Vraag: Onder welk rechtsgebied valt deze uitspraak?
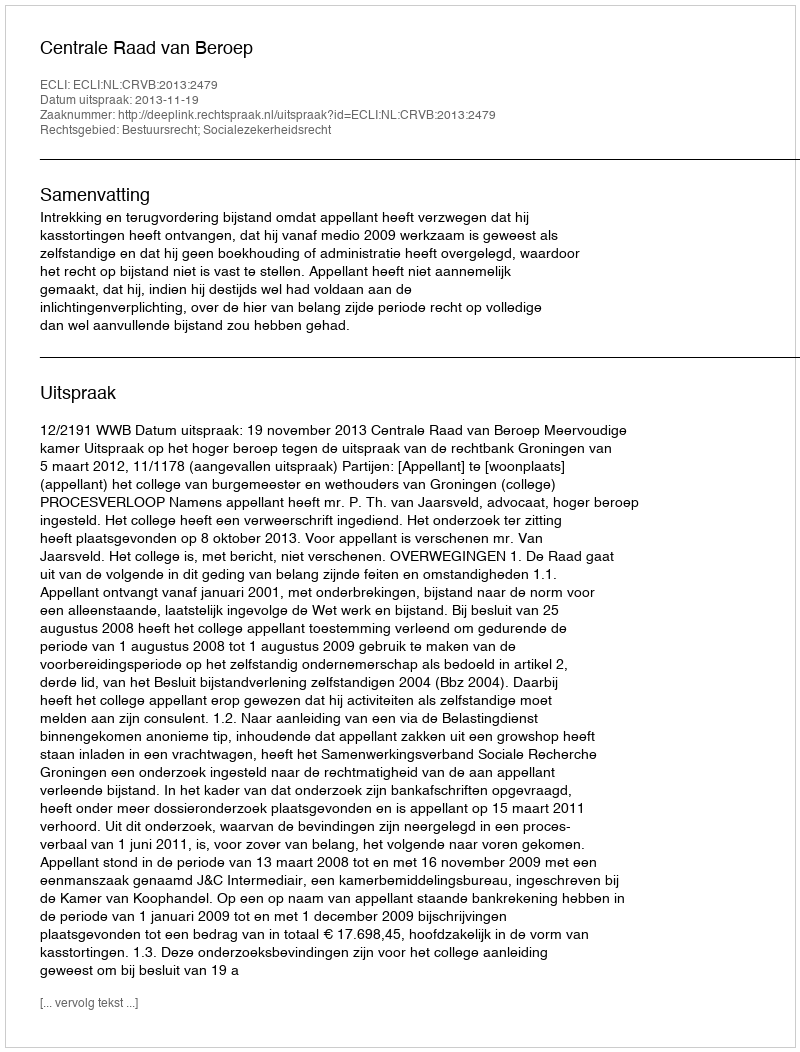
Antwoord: Bestuursrecht; Socialezekerheidsrecht